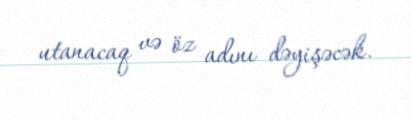
utanacaq və öz adını dəyişəcək.